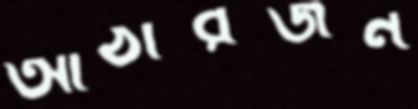
আঠারজন